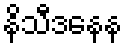
နိသီဒနေန